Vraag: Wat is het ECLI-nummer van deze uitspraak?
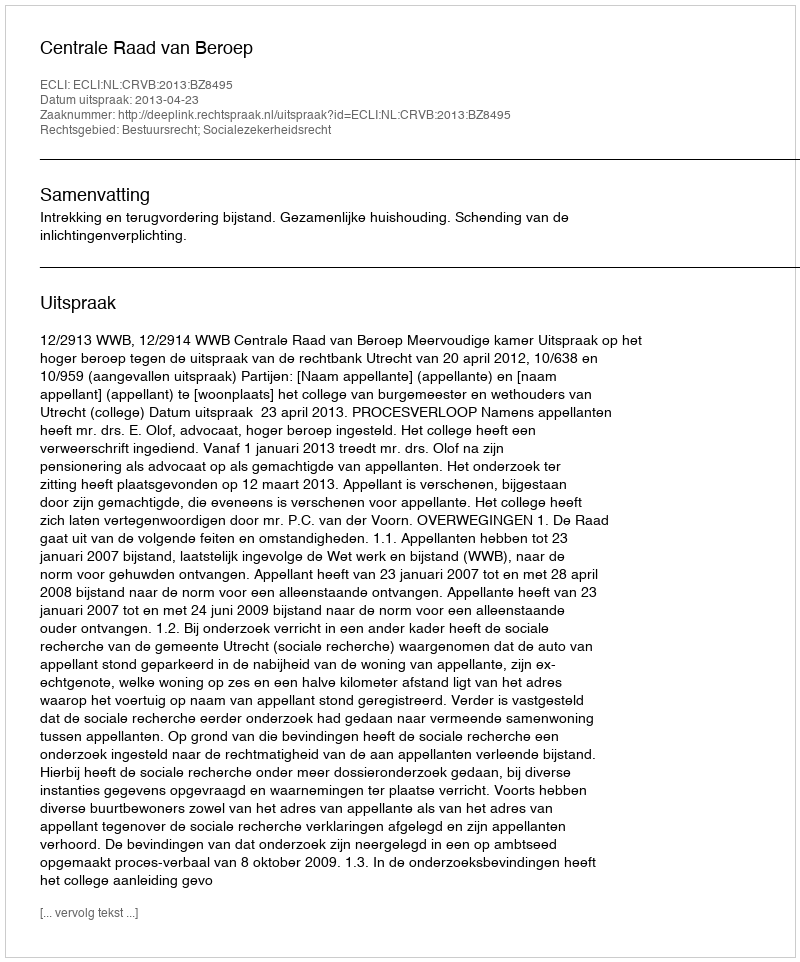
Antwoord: ECLI:NL:CRVB:2013:BZ8495